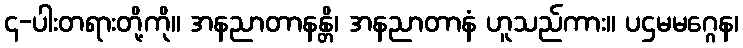
၄-ပါးတရားတို့ကို။ အနညာတာနန္တိ၊ အနညာတာနံ ဟူသည်ကား။ ပဌမမဂ္ဂေန၊